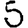
Digit: 5